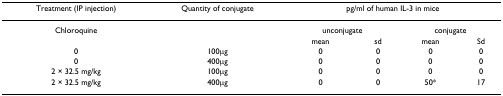
<table><thead><tr><td><b>Treatment (IP injection)</b></td><td><b>Quantity of conjugate</b></td><td colspan="4"><b>pg/ml of human IL-3 in mice</b></td></tr></thead><tbody><tr><td>Chloroquine</td><td></td><td colspan="2">unconjugate</td><td colspan="2">conjugate</td></tr><tr><td></td><td></td><td>mean</td><td>sd</td><td>mean</td><td>Sd</td></tr><tr><td>0</td><td>100μg</td><td>0</td><td>0</td><td>0</td><td>0</td></tr><tr><td>0</td><td>400μg</td><td>0</td><td>0</td><td>0</td><td>0</td></tr><tr><td>2 × 32.5 mg/kg</td><td>100μg</td><td>0</td><td>0</td><td>0</td><td>0</td></tr><tr><td>2 × 32.5 mg/kg</td><td>400μg</td><td>0</td><td>0</td><td>50*</td><td>17</td></tr></tbody></table>